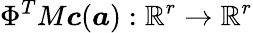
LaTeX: \Phi^{T}M\boldsymbol{c}(\boldsymbol{a}):\mathbb{R}^{r}\rightarrow\mathbb{R}^{r}